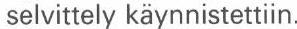
selvittely käynnistettiin.